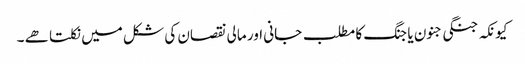
کیونکہ جنگی جنون یا جنگ کا مطلب جانی اور مالی نقصان کی شکل میں نکلتا ھے ۔